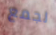
لجمع